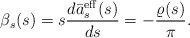
\begin{align*}\beta_s(s)=s\frac{d\bar{a}_s^{\rm eff}(s)}{d s}=-\frac{\varrho(s)}{\pi}.\end{align*}